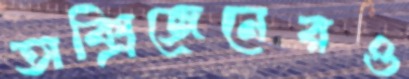
অক্সিজেনেরও